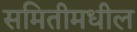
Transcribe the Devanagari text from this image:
समितीमधील